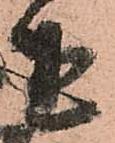
迷